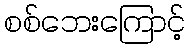
စစ်ဘေးကြောင့်